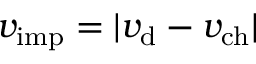
v _ { \mathrm { i m p } } = | v _ { \mathrm { d } } - v _ { \mathrm { c h } } |